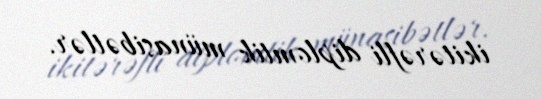
ikitərəfli diplomtik münasibətlər.